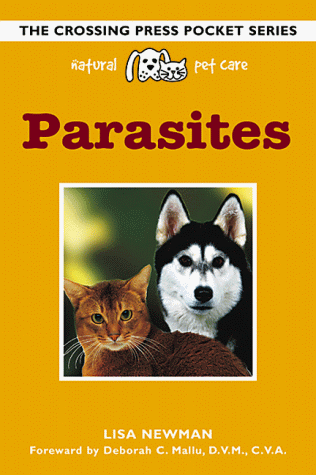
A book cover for Parasites (Natural Pet Care Pocket Series); Lisa S. Newman; Medical Books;